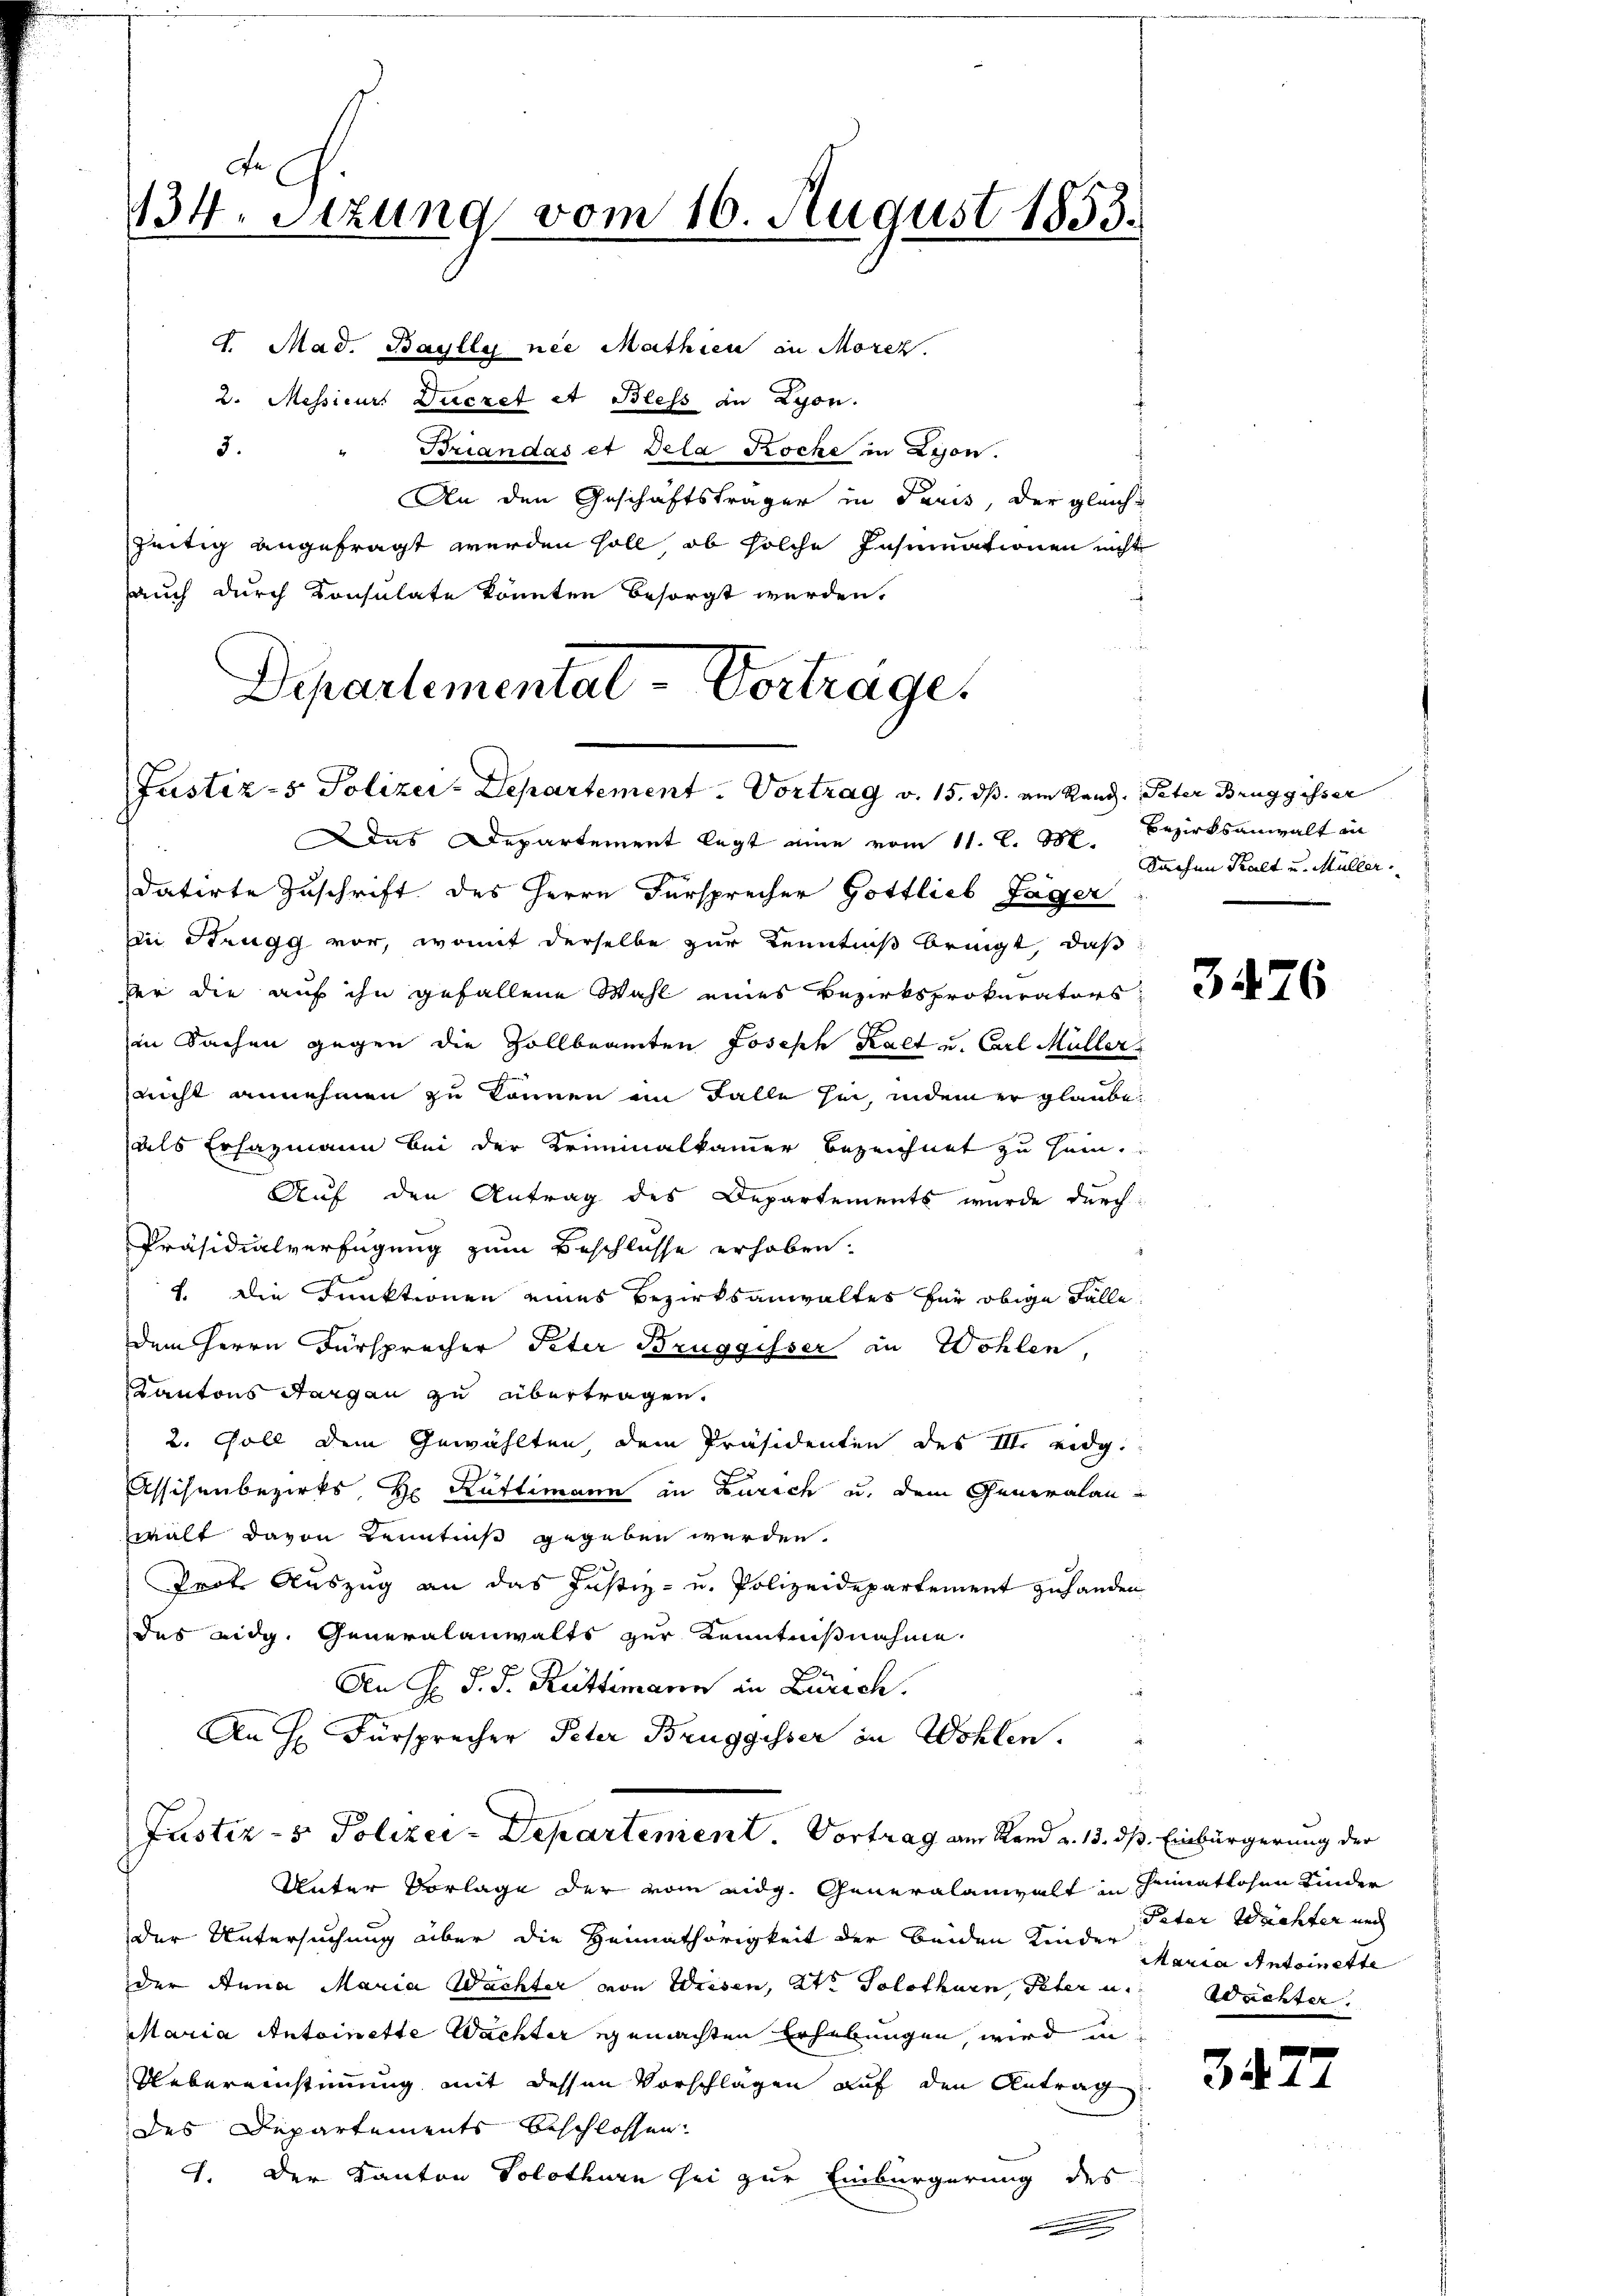
134. Sitzung vom 16. August 1853.

d. Mad. Baylly nie Mathien in Morez.
2. Messieur Duczet A Bless in Lyon.
3.
Briandas et Dela Koche in Lyon.
An den Geschäftsträger in Paris, der gleichzeitig angefragt werden soll, ob solche Insumationen nicht
auch durch Konsulate könnten besorgt werden.
Das Departement legt eine vom 11. l. M. Bezirksanwalt in
datirte Zuschrift des Herrn Fürsprecher Gottlieb Jäger
Ein Strugg vor, womit derselbe zur Kenntniß bringt, daß
der die auf ihn gefallene Wahl eines Bezirksprokurators-
in Sachen gegen die Zollbeamten Joseph Kalt u. Carl Müller
nicht annehmen zu können im Falle her, indem er glaube
als Erhazmann bei der Kriminalkammer bezeichnet zu sein.
Auf den Antrag des Departements wurde durch
Präsidialverfügung zum Beschlusse erhoben.
1. Die Funktionen eines Bezirksanwaltes für obige Fälle
dem Herrn Fürsprecher Peter Bruggisser in Wohlen,
Kantons Aargau zu übertragen.
2. Soll dem Gewählten, dem Präsidenten des III. eidg.
Assisenbezirks, Hr. Rüttimann in Zürich u. dem Generalanwalt davon Kenntniß gegeben werden.
Trot. Auszug an das Justiz- u. Polizeidepartement zuhanden
des eidg. Generalanwalts zur Kenntnißnahme
An H. d. J. Rüttimann in Zürich.
An H. Fürsprecher Peter Bruggisser in Wohlen.
Justiz- & Polizei-Departement. Vortrag am Rand u. 13. ds. Einbürgerung der
Unter Vorlage der vom eidg. Generalanwalt in immatlosen Kinder
der Untersuchung über die Heimathörigkeit der beiden Kinder
der Anna Maria Wächter von Wiesen, St. Solothurn, Peter u.
Maria Antoinette Wachter gemachten Erhebungen, wird in
Uebereinstimmung mit dessen Vorschlägen auf den Antrag
des Departements beschlossen.
1. Der Kanton Solothurn sei zur Einbürgerung des
.

Departementat-Vorträge
Justiz- & Polizei-Departement. Vortrag v. 15. dß. am Rand. Peter Bruggisser

Sachen Kalt u. Müller

3476

Pater Wachter und
Maria Antoinette
Wächter.

34

2